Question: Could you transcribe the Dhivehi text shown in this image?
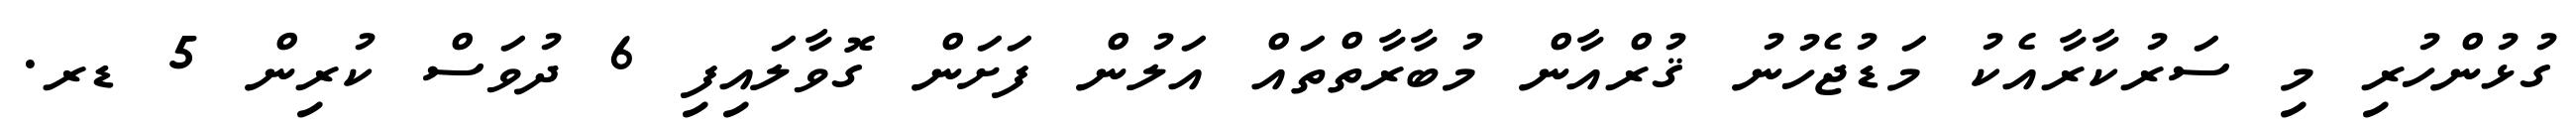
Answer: ގުޅުންހުރި މި ސަރުކާރާއެކު މަޑުޖެހުނު ޤުރްއާން މުބާރާތްތައް އަލުން ފަށަން ގޮވާލައިފި 6 ދުވަސް ކުރިން 5 ޑރ.